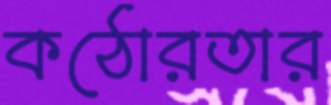
কঠোরতার